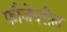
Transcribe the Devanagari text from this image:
फौजेवरील